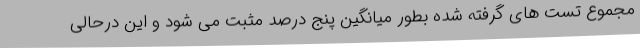
مجموع تست های گرفته شده بطور میانگین پنج درصد مثبت می شود و این درحالی